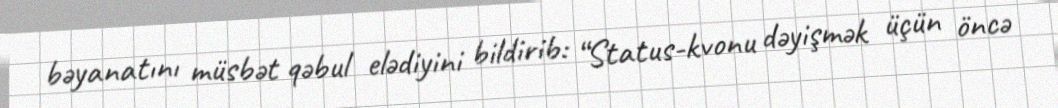
bəyanatını müsbət qəbul elədiyini bildirib: “Status-kvonu dəyişmək üçün öncə